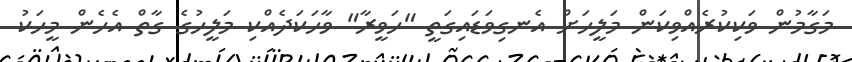
މަގާމުން ވަކިކުރެއްވިކަން މަލީހަށް އެނގިވަޑައިގަތީ "ހަވީރާ" ވާހަކަދެއްކި މަލީހުގެ ގާތް އެހެން މީހަކު